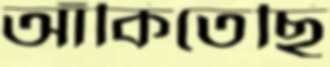
আঁকিতেছি